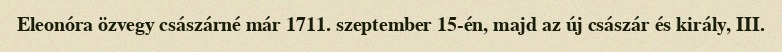
Eleonóra özvegy császárné már 1711. szeptember 15-én, majd az új császár és király, III.